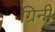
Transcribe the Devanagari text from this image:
ग्रिनी